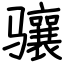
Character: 骧